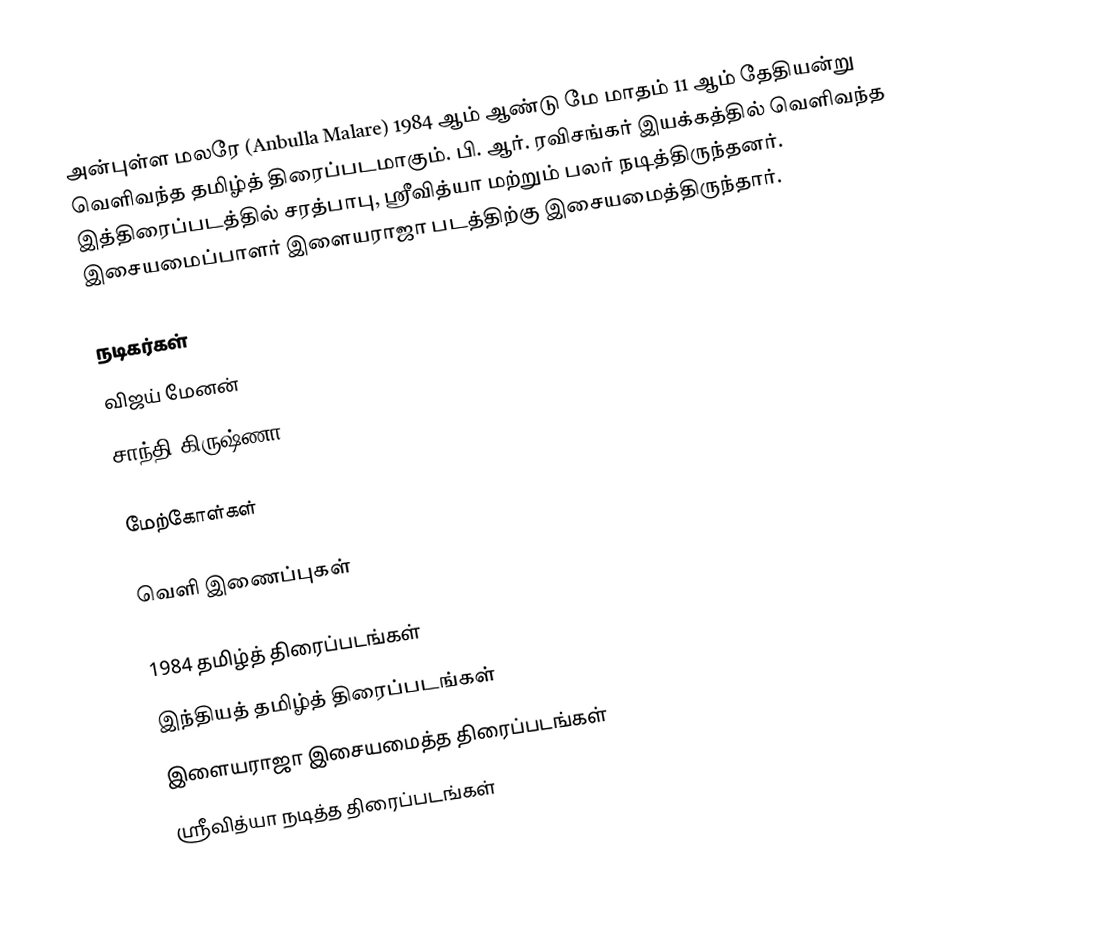
அன்புள்ள மலரே (Anbulla Malare) 1984 ஆம் ஆண்டு மே மாதம் 11 ஆம் தேதியன்று  வெளிவந்த தமிழ்த் திரைப்படமாகும். பி. ஆர். ரவிசங்கர் இயக்கத்தில் வெளிவந்த இத்திரைப்படத்தில் சரத்பாபு, ஸ்ரீவித்யா மற்றும் பலர் நடித்திருந்தனர். இசையமைப்பாளர் இளையராஜா படத்திற்கு இசையமைத்திருந்தார்.

நடிகர்கள்
 விஜய் மேனன்
 சாந்தி கிருஷ்ணா

மேற்கோள்கள்

வெளி இணைப்புகள்

1984 தமிழ்த் திரைப்படங்கள்
இந்தியத் தமிழ்த் திரைப்படங்கள்
இளையராஜா இசையமைத்த திரைப்படங்கள்
ஸ்ரீவித்யா நடித்த திரைப்படங்கள்